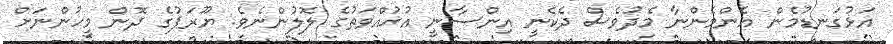
އަޅުގަނޑުމެން އެންމެންނާ މެދުވެސް ދެކެނީ އިންސާނީ އުޚުއްވަތުގެ ލޮލުންނެވެ. ޔޫރަޕުގެ ދޮން މީހުންނަށް